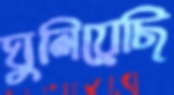
ঘুলিয়েছি